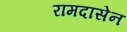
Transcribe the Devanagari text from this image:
रामदासेन